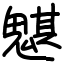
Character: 魌